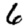
Digit: 6